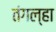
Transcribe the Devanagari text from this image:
तंगल्हा